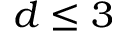
d \le 3